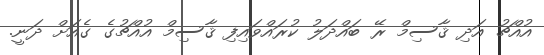
އުއްޗު އަދި ޤާސިމް ރޭ ބައްދަލު ކުރައްވައިފި ޤާސިމް އުއްޗުގެ ގެއަށް ދަނީ.